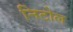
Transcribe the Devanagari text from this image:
निटोल